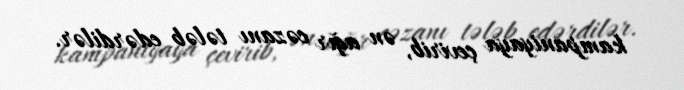
kampaniyaya çevirib, ən ağır cəzanı tələb edərdilər.